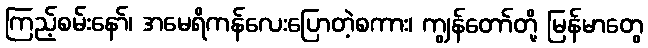
ကြည့်စမ်းနော်၊ အမေရိကန်လေးပြောတဲ့စကား၊ ကျွန်တော်တို့ မြန်မာတွေ